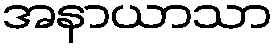
အနာယာသာ